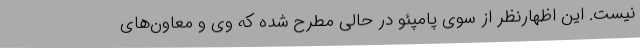
نیست. این اظهارنظر از سوی پامپئو در حالی مطرح شده که وی و معاون‌های